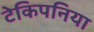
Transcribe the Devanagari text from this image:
टेकिपनिया